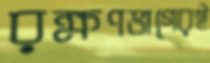
রক্ষণভাগেরই